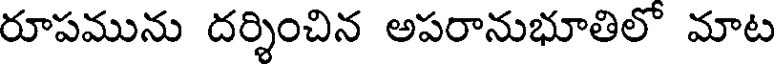
రూపమును దర్శించిన అపరానుభూతిలో మాట